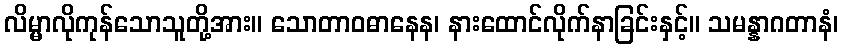
လိမ္မာလိုကုန်သောသူတို့အား။ သောတာဝဓာနေန၊ နားထောင်လိုက်နာခြင်းနှင့်။ သမန္နာဂတာနံ၊